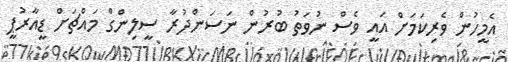
އެމީހުން ވެރިކަމަށް އައީ ވެސް ނުވަތު ބުރުން ނަސަންދުރާ ސީލިންގް މައްޗަށް ޑީއާރުޕީ